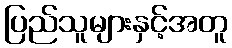
ပြည်သူများနှင့်အတူ